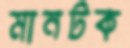
মানটক